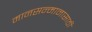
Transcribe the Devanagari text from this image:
मानसन्मानासाठी